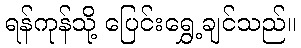
ရန်ကုန်သို့ ပြေင်းရွှေ့ချင်သည်။